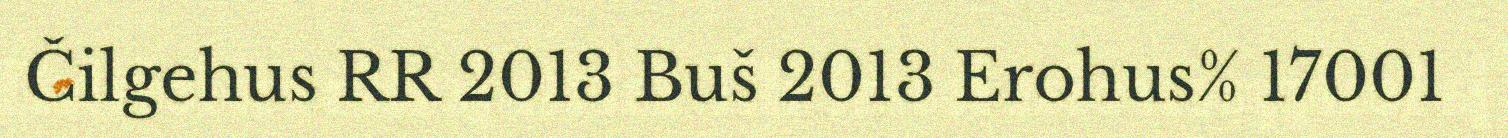
Čilgehus RR 2013 Buš 2013 Erohus% 17001